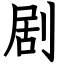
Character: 剧